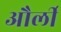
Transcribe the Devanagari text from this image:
और्ली